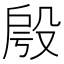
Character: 𣪔